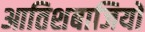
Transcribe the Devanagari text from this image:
आतिशबाजियों